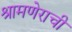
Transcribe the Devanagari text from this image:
श्रामणेराची